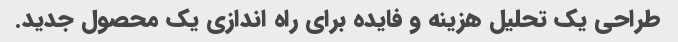
طراحی یک تحلیل هزینه و فایده برای راه اندازی یک محصول جدید.